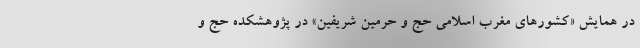
در همایش «کشورهای مغرب اسلامی حج و حرمین شریفین» در پژوهشکده حج و